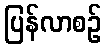
ပြန်လာစဉ်